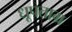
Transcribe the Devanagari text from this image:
धूपताम्र